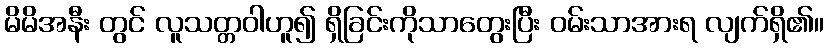
မိမိအနီး တွင် လူသတ္တဝါဟူ၍ ရှိခြင်းကိုသာတွေးပြီး ဝမ်းသာအားရ လျက်ရှိ၏။